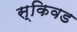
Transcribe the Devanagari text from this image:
स्किवड